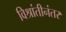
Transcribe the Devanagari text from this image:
विश्रांतीनंतर